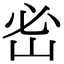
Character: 𡶇